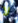
لا